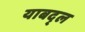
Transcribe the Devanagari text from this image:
याबद्ल